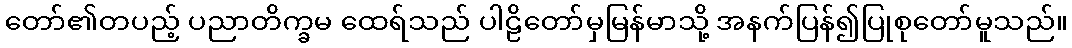
တော်၏တပည့် ပညာတိက္ခမ ထေရ်သည် ပါဠိတော်မှမြန်မာသို့ အနက်ပြန်၍ပြုစုတော်မူသည်။